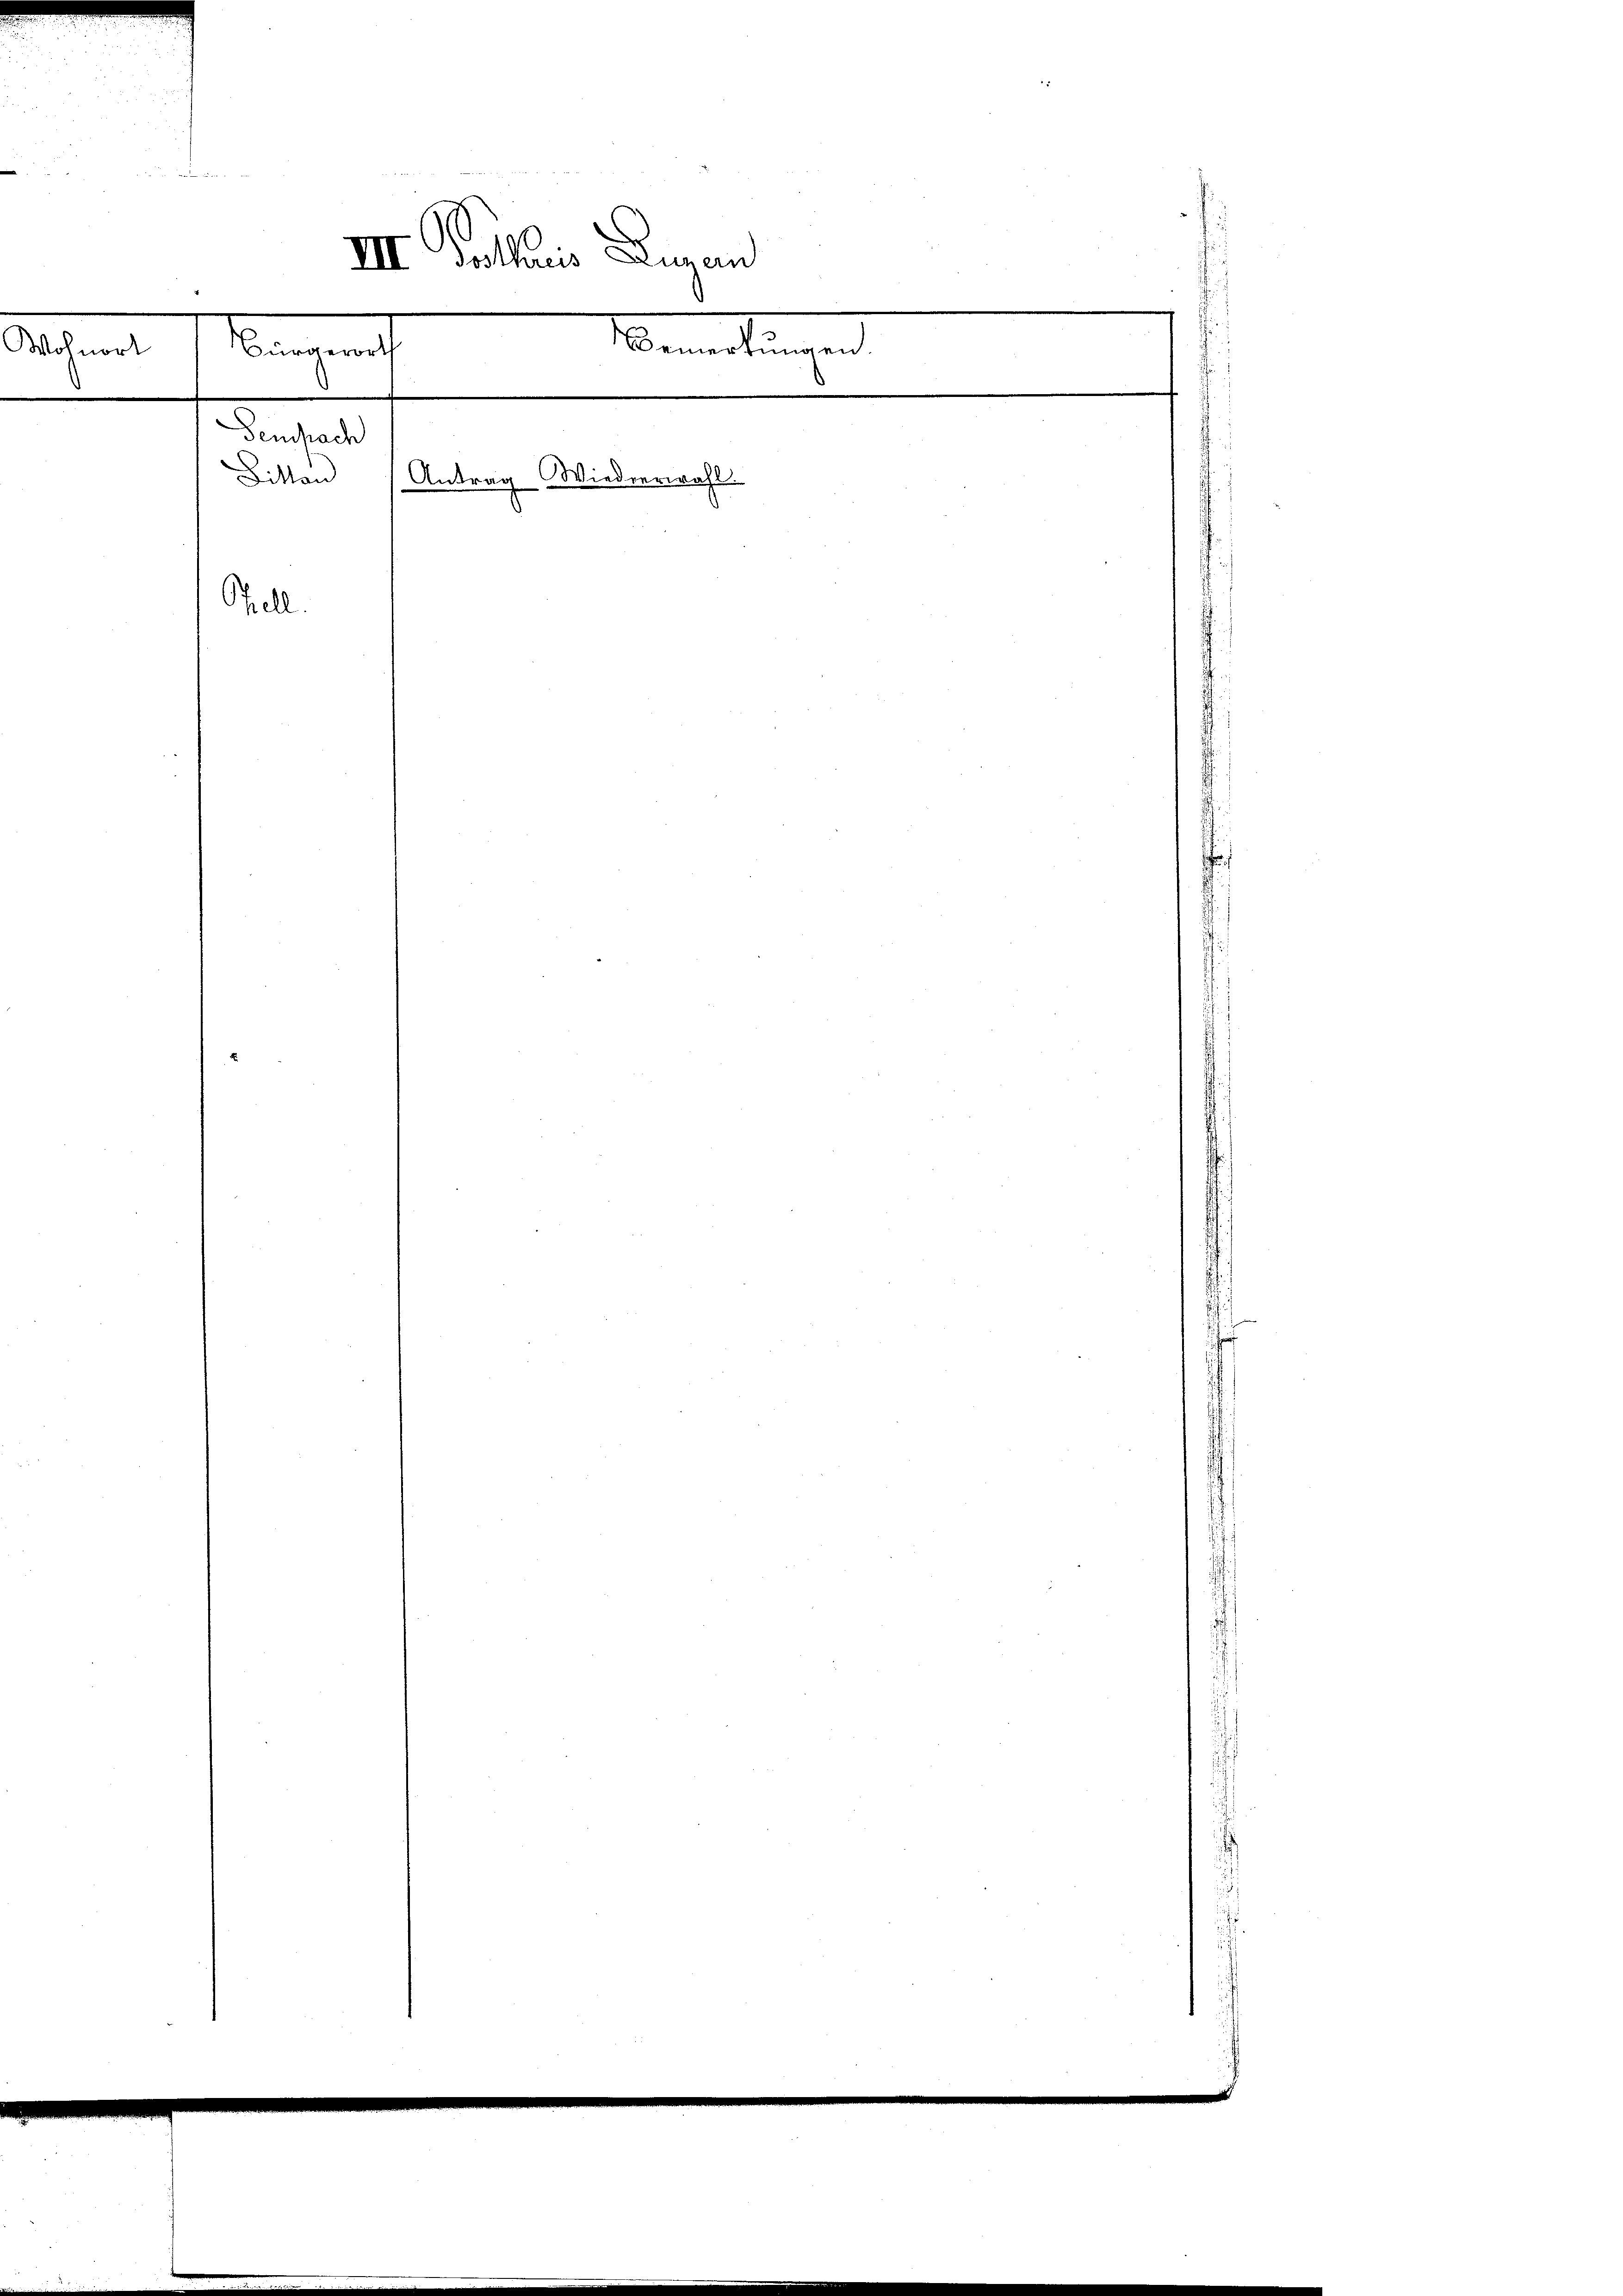
25

2

III. Gotharis Lugan
Sempach
Bitten Antrag Wiederwahl

Mangemache Bemerkungen

Wohnort

Stell